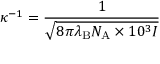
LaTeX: \kappa ^ { - 1 } = { \frac { 1 } { \sqrt { 8 \pi \lambda _ { \mathrm { { B } } } N _ { \mathrm { { A } } } \times 1 0 ^ { 3 } I } } }